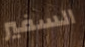
السفير